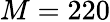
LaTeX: M=220